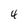
Character: 4